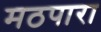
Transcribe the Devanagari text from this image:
मठपारा